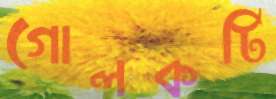
গোলকটি